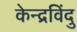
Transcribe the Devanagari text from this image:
केन्द्रविंदु